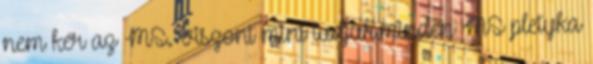
nem kér az MS. Viszont mint tudjuk,minden MS pletyka